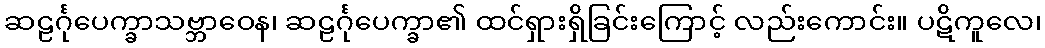
ဆဠင်္ဂုပေက္ခာသဗ္ဘာဝေန၊ ဆဠင်္ဂုပေက္ခာ၏ ထင်ရှားရှိခြင်းကြောင့် လည်းကောင်း။ ပဋိကူလေ၊